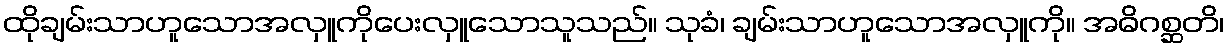
ထိုချမ်းသာဟူသောအလှူကိုပေးလှူသောသူသည်။ သုခံ၊ ချမ်းသာဟူသောအလှူကို။ အဓိဂစ္ဆတိ၊